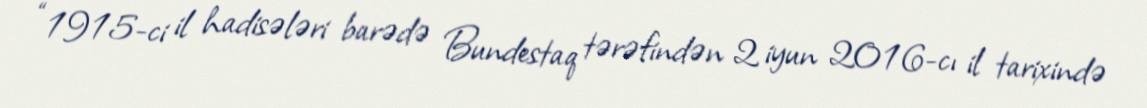
“1915-ci il hadisələri barədə Bundestaq tərəfindən 2 iyun 2016-cı il tarixində